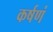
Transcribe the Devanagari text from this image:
कर्षणं